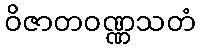
ဝိဇာတဝဏ္ဏသတံ